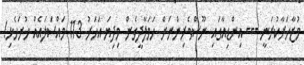
މުޒާހަރާކުރަނީ --- އިންޑިއާގައި ނޫސްވެރިންނަށް ހަމަލާދީގެން މިދިޔަ އަހަރު 113 މައްސަލައެއް ހުށަހެޅި!